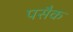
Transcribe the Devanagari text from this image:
पसैक